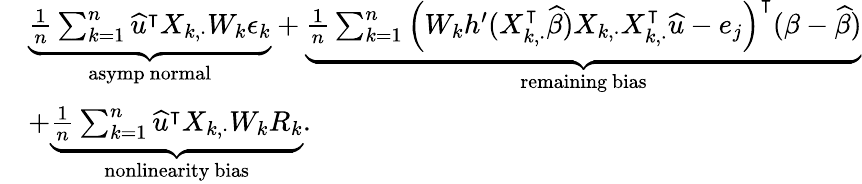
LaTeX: \begin{array}{rl}&{\underbrace{\frac{1}{n}\sum_{k=1}^{n}\widehat{u}^{\intercal}X_{k,\cdot}W_{k}\epsilon_{k}}_{\mathrm{asymp~normal}}+\underbrace{\frac{1}{n}\sum_{k=1}^{n}\left(W_{k}h^{\prime}(X_{k,\cdot}^{\intercal}\widehat{\beta})X_{k,\cdot}X_{k,\cdot}^{\intercal}\widehat{u}-e_{j}\right)^{\intercal}(\beta-\widehat{\beta})}_{\mathrm{remaining~bias}}}\\ &{+\underbrace{\frac{1}{n}\sum_{k=1}^{n}\widehat{u}^{\intercal}X_{k,\cdot}W_{k}R_{k}}_{\mathrm{nonlinearity~bias}}.}\end{array}